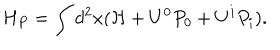
H _ { P } = \int d ^ { 2 } x ( { \mathcal { H } } + U ^ { 0 } P _ { 0 } + U ^ { i } P _ { i } ) .